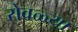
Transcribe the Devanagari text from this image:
रोवळ्या